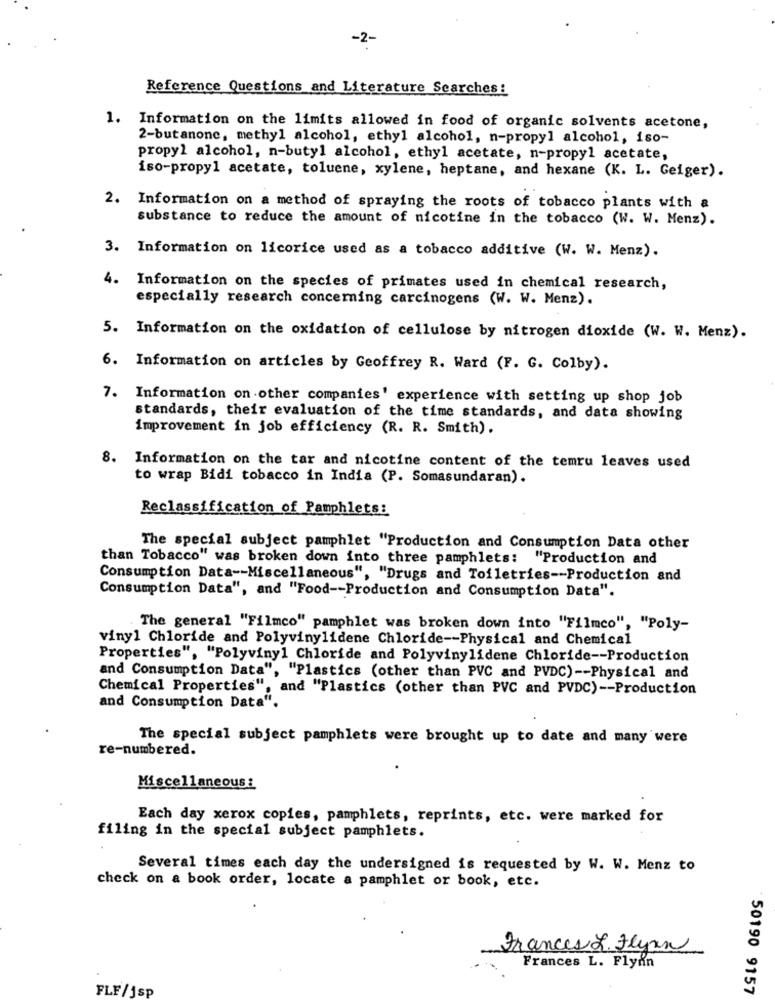
-2-
Reference Questions and Literature Searches:
1. Information on the limits allowed in food of organic solvents acetone,
2-butanone, methyl alcohol, ethyl alcohol, n-propyl alcohol, iso-
propyl alcohol, n-butyl alcohol, ethyl acetate, n-propyl acetate,
iso-propyl acetate, toluene, xylene, heptane, and hexane (K. L. Geiger).
2. Information on a method of spraying the roots of tobacco plants with a
substance to reduce the amount of nicotine in the tobacco (W. W. Menz).
3. Information on licorice used as a tobacco additive (W. W. Menz).
4. Information on the species of primates used in chemical research,
especially research concerning carcinogens (W. W. Menz).
5. Information on the oxidation of cellulose by nitrogen dioxide (W. W. Menz).
6. Information on articles by Geoffrey R. Ward (F. G. Colby).
7. Information on other companies' experience with setting up shop job
standards, their evaluation of the time standards, and data showing
improvement in job efficiency (R. R. Smith).
8. Information on the tar and nicotine content of the temru leaves used
to wrap Bidi tobacco in India (P. Somasundaran).
Reclassification of Pamphlets:
The special subject pamphlet "Production and Consumption Data other
than Tobacco" was broken down into three pamphlets: "Production and
Consumption Data -- Miscellaneous", "Drugs and Toiletries -- Production and
Consumption Data", and "Food -- Production and Consumption Data".
The general "Filmco" pamphlet was broken down into "Filmco", "Poly-
vinyl Chloride and Polyvinylidene Chloride -- Physical and Chemical
Properties", "Polyvinyl Chloride and Polyvinylidene Chloride -- Production
and Consumption Data", "Plastics (other than PVC and PVDC) -- Physical and
Chemical Properties", and "Plastics (other than PVC and PVDC) -- Production
and Consumption Data".
The special subject pamphlets were brought up to date and many were
re-numbered.
Miscellaneous:
Each day xerox copies, pamphlets, reprints, etc. were marked for
filing in the special subject pamphlets.
Several times each day the undersigned is requested by W. W. Menz to
check on a book order, locate a pamphlet or book, etc.
Frances L. Flynn
Frances L. Flynn
FLF/jsp
50190 9157